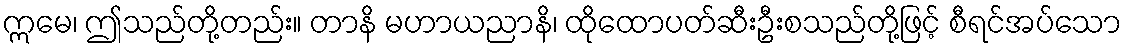
ဣမေ၊ ဤသည်တို့တည်း။ တာနိ မဟာယညာနိ၊ ထိုထောပတ်ဆီးဦးစသည်တို့ဖြင့် စီရင်အပ်သော